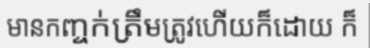
មានកញ្ចក់ត្រឹមត្រូវហើយក៏ដោយ ក៏